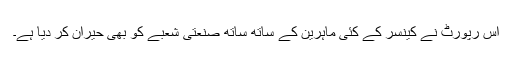
اس رپورٹ نے کینسر کے کئی ماہرین کے ساتھ ساتھ صنعتی شعبے کو بھی حیران کر دیا ہے۔